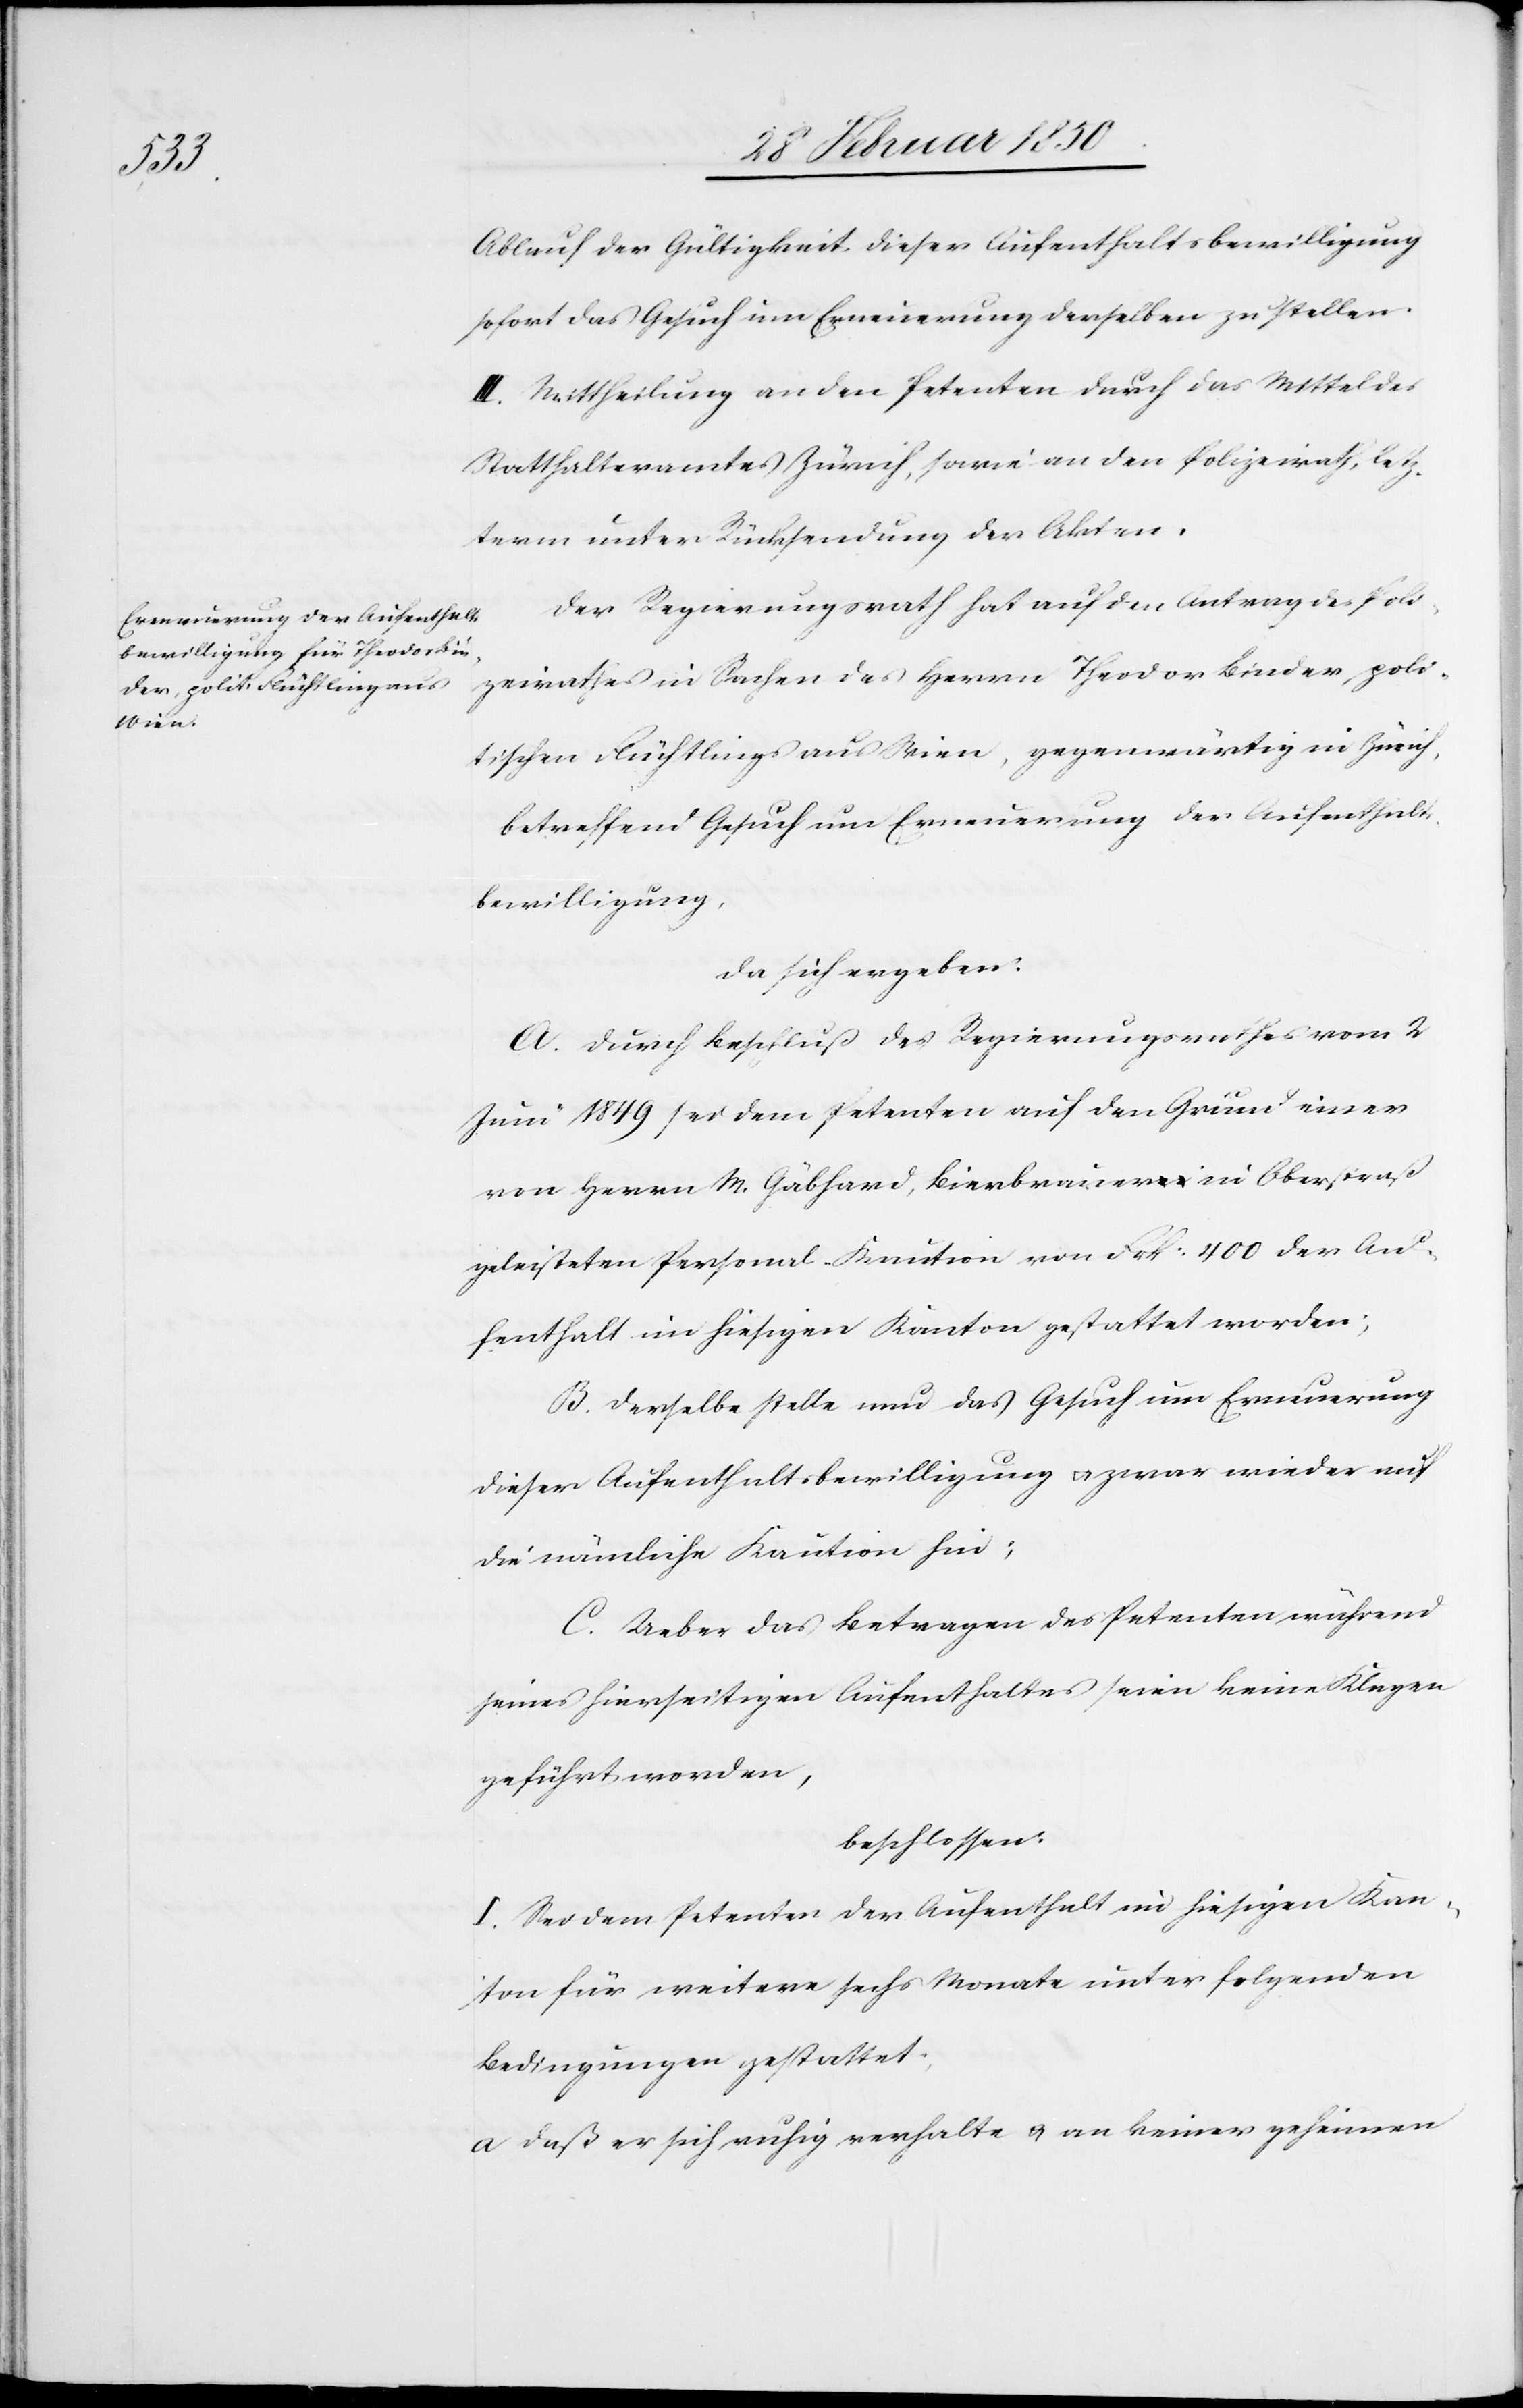
Ablauf der Gültigkeit dieser Aufenthaltsbewilligung
sofort das Gesuch um Erneuerung derselben zu stellen.
III. Mittheilung an den Petenten durch das Mittel des
Statthalteramtes Zürich, sowie an den Polizeirath, letz¬
term unter Rücksendung der Akten.
Der Regierungsrath hat auf den Antrag des Poli¬
zeirathes in Sachen des Herrn Theodor Binder, poli¬
tischen Flüchtlings aus Wien, gegenwärtig in Zürich,
betreffend Gesuch um Erneuerung der Aufenthalts¬
bewilligung,
da sich ergeben:
A. Durch Beschluß des Regierungsrathes vom 2
Juni 1849 sei dem Petenten auf den Grund einer
von Herrn M. Gäbhard, Bierbrauer in Oberstraß
geleisteten Personal-Kaution von Frk: 400 der Au¬
fenthalt im hiesigen Kanton gestattet worden;
B. Derselbe stelle nun das Gesuch um Erneuerung
dieser Aufenthaltsbewilligung u. zwar wieder auf
die nämliche Kaution hin;
C. Ueber das Betragen des Petenten während
seines hierseitigen Aufenthaltes seien keine Klagen
geführt worden,
beschlossen:
I. Sei dem Petenten der Aufenthalt im hiesigen Kan¬
ton für weitere sechs Monate unter folgenden
Bedingungen gestattet;
a Daß er sich ruhig verhalte u. an keiner geheimen